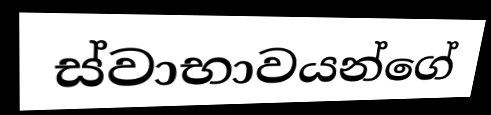
ස්වාභාවයන්ගේ